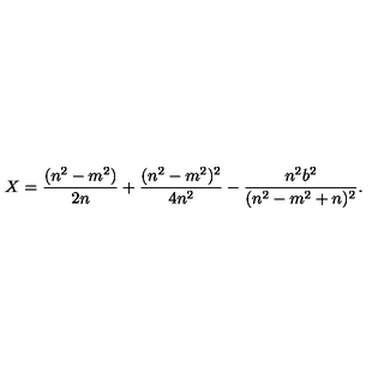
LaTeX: X = \frac { ( n ^ { 2 } - m ^ { 2 } ) } { 2 n } + \frac { ( n ^ { 2 } - m ^ { 2 } ) ^ { 2 } } { 4 n ^ { 2 } } - \frac { n ^ { 2 } b ^ { 2 } } { ( n ^ { 2 } - m ^ { 2 } + n ) ^ { 2 } } .